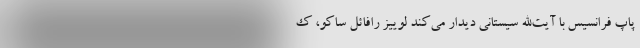
پاپ فرانسیس با آیت‌الله سیستانی دیدار می‌کند لوییز رافائل ساکو، ک